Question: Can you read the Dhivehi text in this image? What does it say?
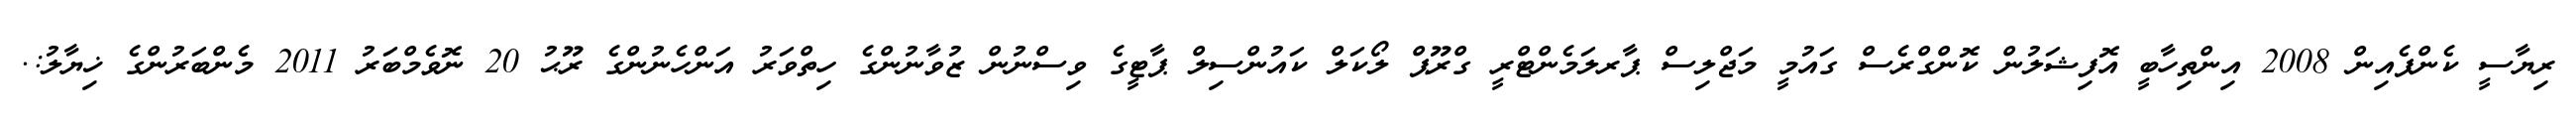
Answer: ރިޔާސީ ކެންޕެއިން 2008 އިންތިހާބީ އޮފިޝަލުން ކޮންގްރެސް ގައުމީ މަޖްލިސް ޕާރލަމެންޓްރީ ގްރޫޕް ލޯކަލް ކައުންސިލް ޕާޓީގެ ވިސްނުން ޒުވާނުންގެ ހިތްވަރު އަންހެނުންގެ ރޫޙު 20 ނޮވެމްބަރު 2011 މެންބަރުންގެ ޚިޔާލު:.